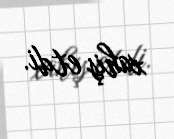
xahiş etdi.